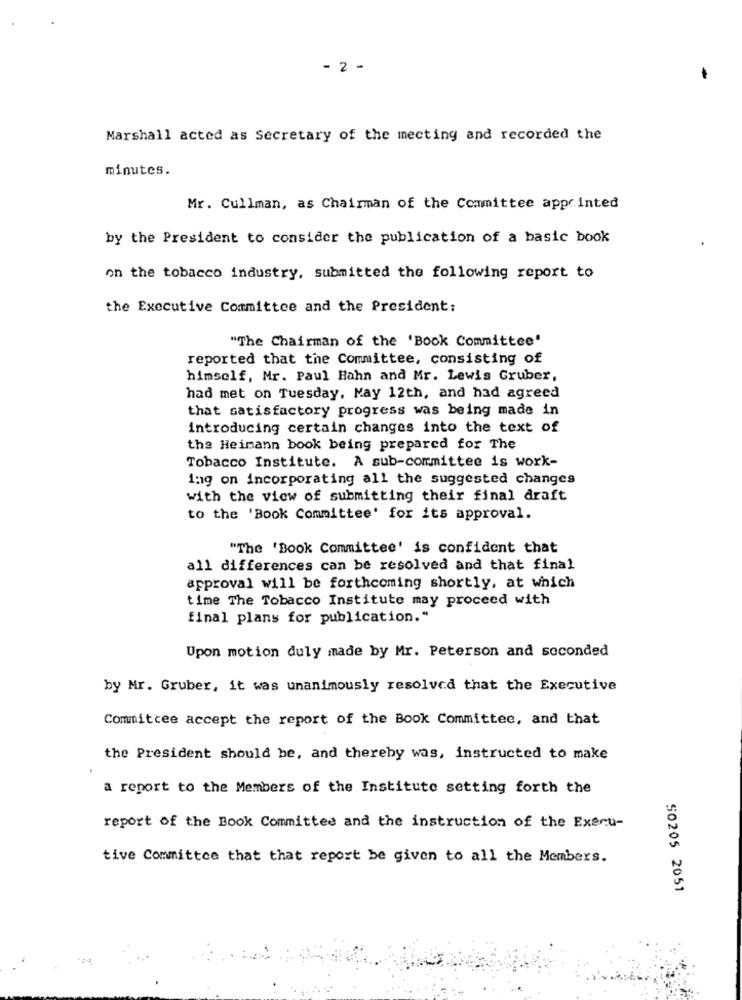
- 2 -
Marshall acted as Secretary of the mecting and recorded the
minutes.
Mr. Cullman, as Chairman of the Committee apprinted
by the President to consider the publication of a basic book
on the tobacco industry, submitted the following report to
the Executive Committee and the President:
"The Chairman of the 'Book Committee"
reported that the Committee, consisting of
himself, Mr. Paul Hahn and Mr. Lewis Gruber,
had met on Tuesday, May 12th, and had agreed
that satisfactory progress was being made in
introducing certain changes into the text of
the Heimann book being prepared for The
Tobacco Institute. A sub-committee is work-
1:19 on incorporating all the suggested changes
with the view of submitting their final draft
to the 'Book Committee' for its approval.
"The 'Book Committee' is confident that
all differences can be resolved and that final
approval will be forthcoming shortly, at which
time The Tobacco Institute may proceed with
final plans for publication."
Upon motion duly made by Mr. Peterson and seconded
by Mr. Gruber, it was unanimously resolved that the Executive
Commitcee accept the report of the Book Committee, and that
the President should be, and thereby was, instructed to make
a report to the Members of the Institute setting forth the
report of the Book Committee and the instruction of the Execu-
tive Committee that that report be given to all the Members.
50205 2051